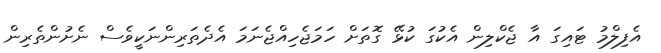
އެފިލްމު ޓައިގަ އާ ޖެކްލިން އެކުގަ ކުޅޭ ގޮތަށް ހަމަޖެހިއްޖެނަމަ އެދެތަރިންނަކީވެސް ނެށުންތެރިން